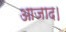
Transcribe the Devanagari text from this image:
आजाद।